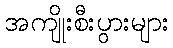
အကျိုးစီးပွားများ